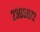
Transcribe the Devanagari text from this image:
२३६५८७२